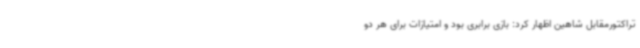
تراکتورمقابل شاهین اظهار کرد: بازی برابری بود و امتیازات برای هر دو